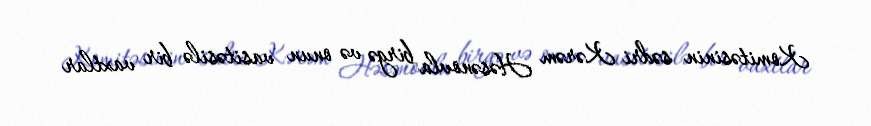
Komitəsinin sədri Kərəm Həsənovla birgə və onun vasitəsilə bir vaxtlar